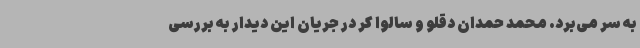
به سر می‌برد. محمد حمدان دقلو و سالوا کر در جریان این دیدار به بررسی